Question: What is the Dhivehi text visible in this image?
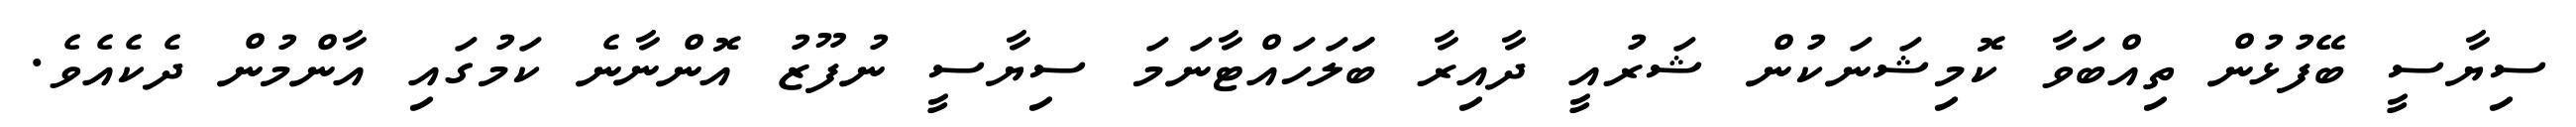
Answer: ސިޔާސީ ބޭފުޅުން ތިއްބަވާ ކޮމިޝަނަކުން ޝަރުއީ ދާއިރާ ބަަލަހައްޓާނަމަ ސިޔާސީ ނުފޫޒު އޮންނާނެ ކަމުގައި އާންމުން ދެކެއެވެ.